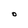
Character: O